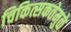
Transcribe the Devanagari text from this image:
चिकित्सकतेमुळे